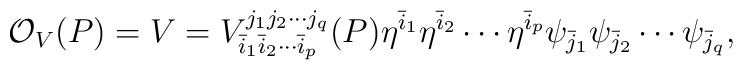
{\cal O}_V (P) = V =V_{{\bar{i}}_1  {\bar{i}}_2 \cdots{\bar{i}}_p}^{j_1 j_2 \cdots j_q }(P)\eta^{\bar{i}_1}\eta^{\bar{i}_2} \cdots \eta^{\bar{i}_p}\psi_{\bar{j}_1} \psi_{\bar{j}_2} \cdots \psi_{\bar{j}_q},